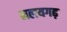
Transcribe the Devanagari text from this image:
मलयगढ़